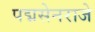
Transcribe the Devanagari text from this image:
पद्मसेनराजे